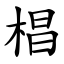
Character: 椙